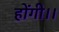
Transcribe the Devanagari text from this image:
होंगी।।